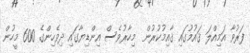
ފަރުވާ އަމިއްލަ ޤައުމުގައި ޤާއިމުކުރުން  މިހާރުވެސް އިންޑިޔާގައި ދިވެހިންގެ 600 މީހުން